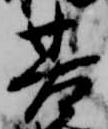
基